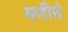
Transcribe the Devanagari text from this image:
मनीचे